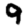
Digit: 9